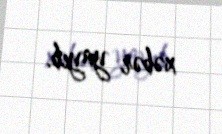
xəbər yayıb.